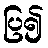
ပြ၍